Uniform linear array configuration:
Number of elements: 12
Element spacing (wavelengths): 0.25
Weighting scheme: kaiser
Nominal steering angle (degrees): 0
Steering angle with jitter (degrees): -0.6229
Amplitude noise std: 0.05
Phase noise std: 0.05

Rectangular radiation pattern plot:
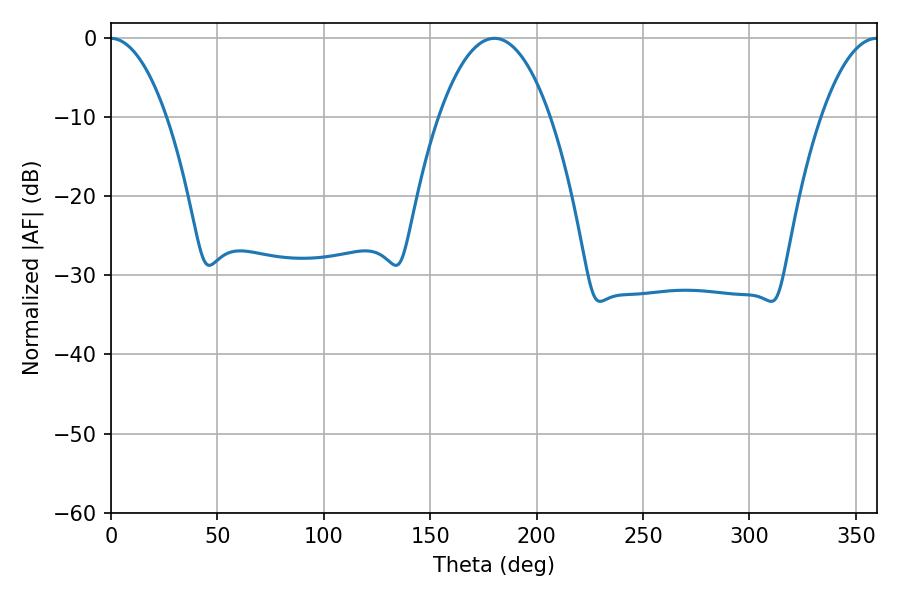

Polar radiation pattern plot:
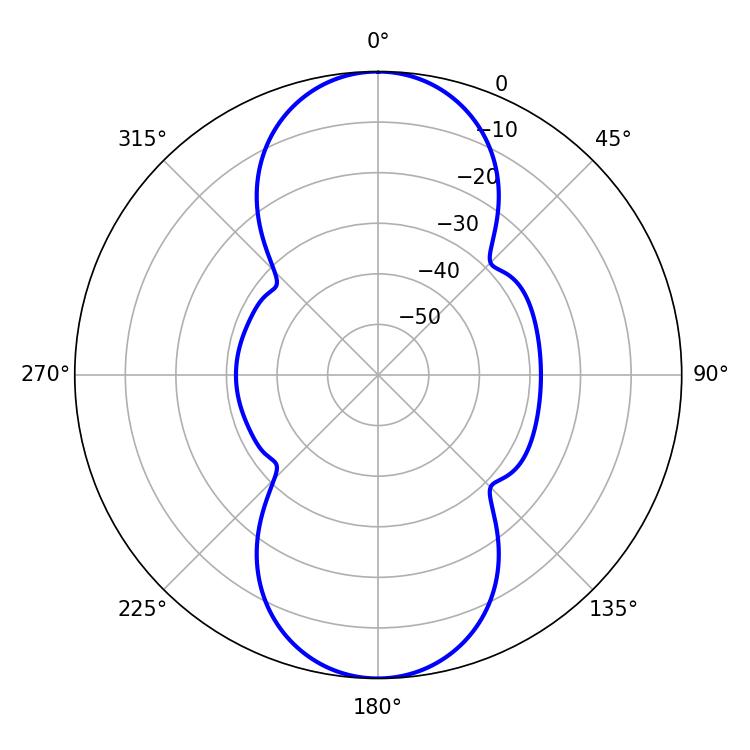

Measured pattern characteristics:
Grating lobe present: FALSE
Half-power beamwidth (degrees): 28.98
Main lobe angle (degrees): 180.18